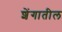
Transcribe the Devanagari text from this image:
शेंगातील